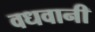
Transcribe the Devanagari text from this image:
वधवानी